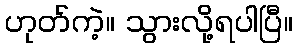
ဟုတ်ကဲ့။ သွားလို့ရပါပြီ။